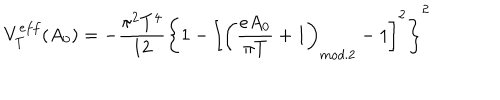
LaTeX: V _ { T } ^ { e f f } ( A _ { 0 } ) = - \frac { \pi ^ { 2 } T ^ { 4 } } { 1 2 } \left\{ 1 - \left[ \left( \frac { e A _ { 0 } } { \pi T } + 1 \right) _ { m o d . 2 } - 1 \right] ^ { 2 } \right\} ^ { 2 }